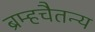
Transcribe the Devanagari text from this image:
ब्रम्हचैतन्य